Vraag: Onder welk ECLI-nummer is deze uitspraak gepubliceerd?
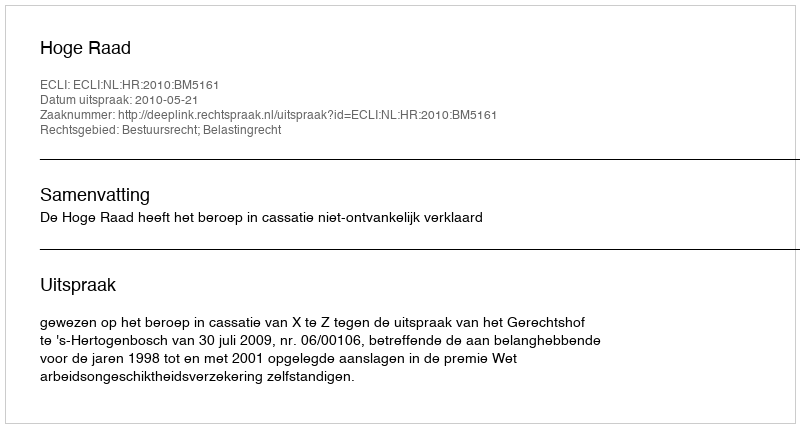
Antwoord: ECLI:NL:HR:2010:BM5161